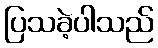
ပြသခဲ့ပါသည်